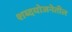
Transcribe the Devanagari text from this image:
शब्दयोजनेतील